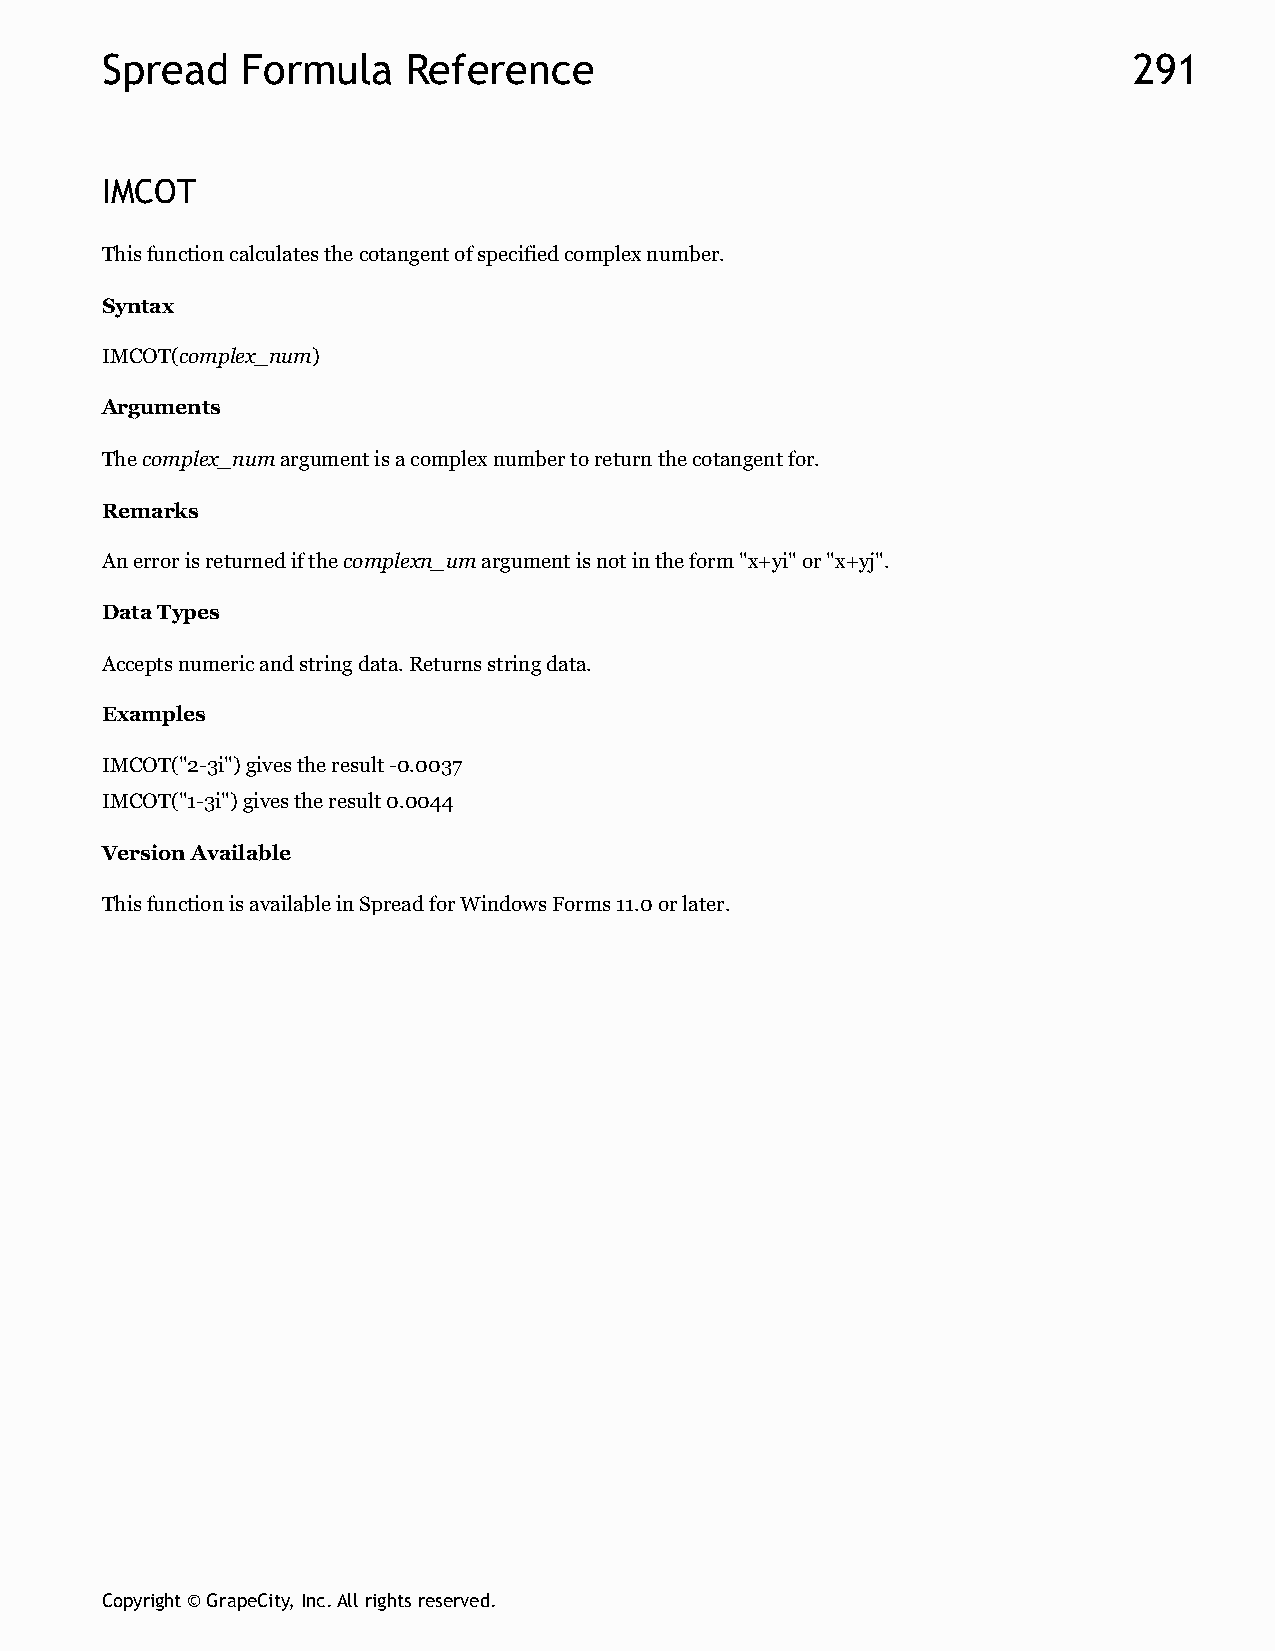
Spread   Formula    Reference                                       291
 IMCOT
 This function calculates the cotangent of specified complex number.
 Syntax
 IMCOT(complex_num)
 Arguments
 The complex_num argument is a complex number to return the cotangent for.
 Remarks
 An error is returned if the complexn_um argument is not in the form "x+yi" or "x+yj".
 Data Types
 Accepts numeric and string data. Returns string data.
 Examples
 IMCOT("2-3i") gives the result -0.0037
 IMCOT("1-3i") gives the result 0.0044
 Version Available
 This function is available in Spread for Windows Forms 11.0 or later.
 Copyright © GrapeCity, Inc. All rights reserved.